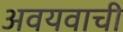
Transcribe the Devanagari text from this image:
अवयवाची